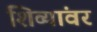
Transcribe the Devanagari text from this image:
शिव्यांवर